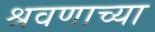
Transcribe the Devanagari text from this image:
श्रवणाच्या